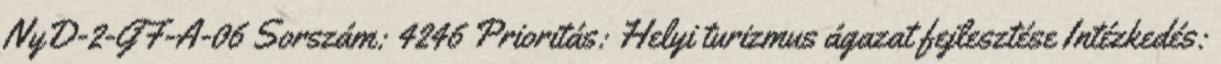
NyD-2-GF-A-06 Sorszám: 4246 Prioritás: Helyi turizmus ágazat fejlesztése Intézkedés: